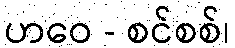
ဟဝေ - စင်စစ်၊